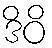
ဒိဝိ